Report of the Municipal Commissioner on the plague in Bombay for the year ending 31st May... - Volume 1
Disease focus: Plague
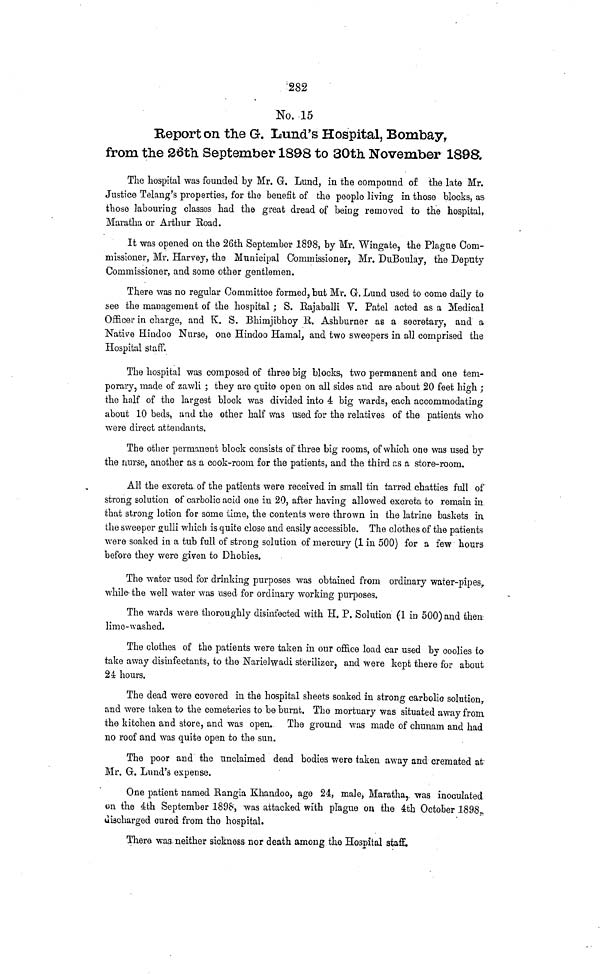
282
No. 15
Report on the G. Lund's Hospital, Bombay,
from the 26th September 1898 to 30th November 1898.
The hospital was founded by Mr. G. Lund, in the compound of the late Mr.
Justice Telang's properties, for the benefit of the people living in those blocks, as
those labouring classes had the great dread of being removed to the hospital,
Maratha or Arthur Road.
It was opened on the 26th September 1898, by Mr. Wingate, the Plague Com-
missioner, Mr. Harvey, the Municipal Commissioner, Mr. DuBoulay, the Deputy
Commissioner, and some other gentlemen.
There was no regular Committee formed, but Mr. G. Lund used to come daily to
see the management of the hospital; S. Rajaballi V. Patel acted as a Medical
Officer in charge, and K. S. Bhimjibhoy R. Ashburner as a secretary, and a
Native Hindoo Nurse, one Hindoo Hamal, and two sweepers in all comprised the
Hospital staff.
The hospital was composed of three big blocks, two permanent and one tem-
porary, made of zawli; they are quite open on all sides and are about 20 feet high ;
the half of the largest block was divided into 4 big wards, each accommodating
about 10 beds, and the other half was used for the relatives of the patients who
were direct attendants,
The other permanent block consists of three big rooms, of which one was used by
the nurse, another as a cook-room for the patients, and the third as a store-room.
All the excreta of the patients were received in small tin tarred chatties full of
strong solution of carbolic acid one in 20, after having allowed excreta to remain in
that strong lotion for some time, the contents were thrown in the latrine baskets in
the sweeper gulli which is quite close and easily accessible. The clothes of the patients
were soaked in a tub full of strong solution of mercury (1 in 500) for a few hours
before they were given to Dhobies.
The water used for drinking purposes was obtained from ordinary water-pipes,
while the well water was used for ordinary working purposes.
The wards were thoroughly disinfected with H. P. Solution (1 in 500) and then
lime-washed.
The clothes of the patients were taken in our office load car used by coolies to
take away disinfectants, to the Narielwadi sterilizer, and were kept there for about
24 hours.
The dead were covered in the hospital sheets soaked in strong carbolic solution,
and were taken to the cemeteries to be burnt. The mortuary was situated away from,
the kitchen and store, and was open. The ground was made of chunarn and had
no roof and was quite open to the sun.
The poor and the unclaimed dead bodies were taken away and cremated at
Mr. G. Lund's expense.
One patient named Rangia Khandoo, age 24, male Maratha,. was inoculated
on the 4th September 1898, was attacked with plague on the 4th October 1898
discharged cured from tho hospital.
There, was neither sickness nor death among the Hospital staff.